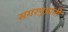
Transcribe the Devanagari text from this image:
सगरपुत्रांनी